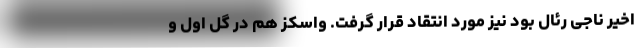
اخیر ناجی رئال بود نیز مورد انتقاد قرار گرفت. واسکز هم در گل اول و